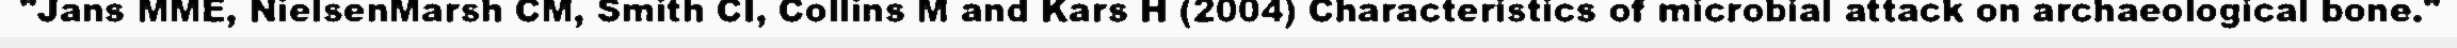
"Jans MME, NielsenMarsh CM, Smith CI, Collins M and Kars H (2004) Characteristics of microbial attack on archaeological bone."